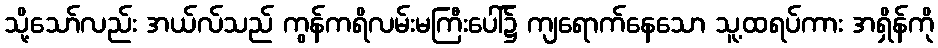
သို့သော်လည်း အယ်လ်သည် ကွန်ကရိလမ်းမကြီးပေါ်၌ ကျရောက်နေသော သူ့ထရပ်ကား အရှိန်ကို